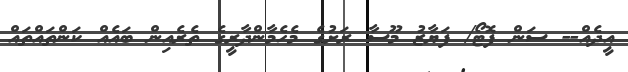
އީދެއް-- ސަން ފޮޓޯ/ ފަޔާޒު މޫސާ ރަށުގެ މެހެމާންދާރީގެ ތެރެއިން ބައެއް ކަންތައްތައް